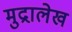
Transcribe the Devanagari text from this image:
मुद्रालेख